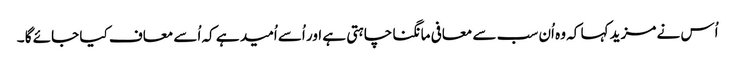
اُس نے مزید کہا کہ وہ اُن سب سے معافی مانگنا چاہتی ہے اور اُسے اُمید ہے کہ اُسے معاف کیا جائے گا ۔